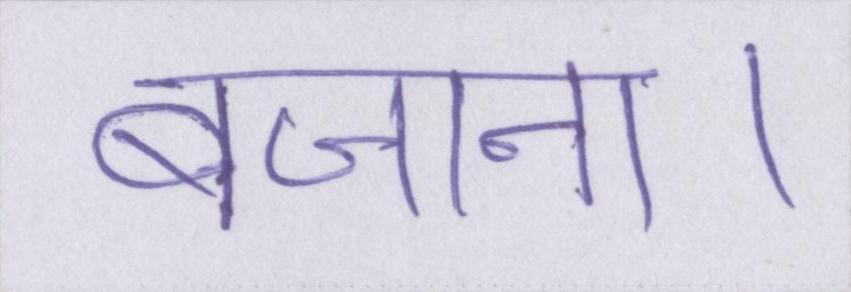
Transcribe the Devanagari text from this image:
बजाना।